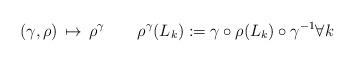
LaTeX: \begin{align*}(\gamma,\rho) \,\mapsto \, \rho^\gamma \qquad\rho^\gamma(L_k):= \gamma\circ\rho(L_k)\circ\gamma^{-1}\forall k\end{align*}